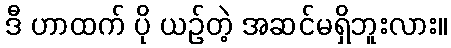
ဒီ ဟာထက် ပို ယဉ်တဲ့ အဆင်မရှိဘူးလား။